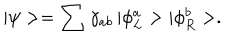
| \psi > = \sum \gamma _ { a b } { \, } | \phi _ { L } ^ { a } > | \phi _ { R } ^ { b } > .